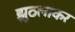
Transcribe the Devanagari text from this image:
झुठलाकर